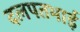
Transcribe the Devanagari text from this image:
दलपतभाई